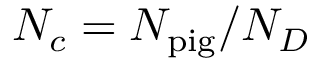
N _ { c } = N _ { \mathrm { p i g } } / N _ { D }